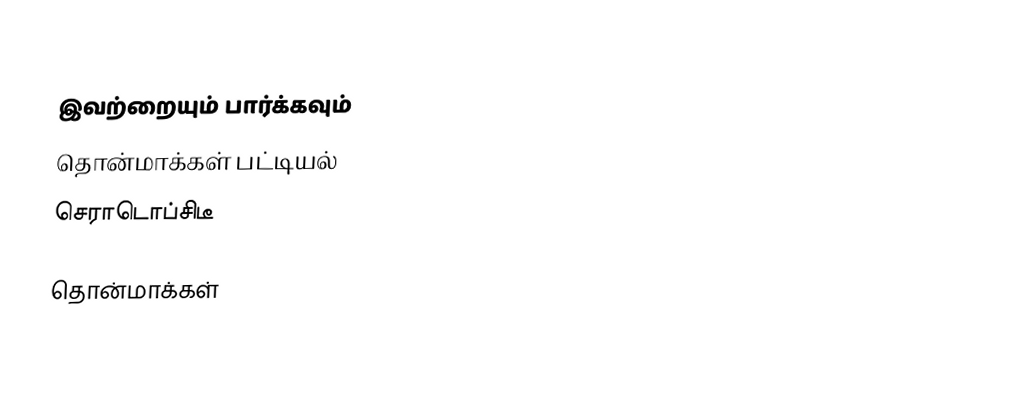

இவற்றையும் பார்க்கவும்
 தொன்மாக்கள் பட்டியல்
 செராடொப்சிடீ

தொன்மாக்கள்